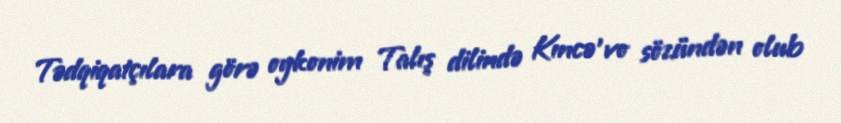
Tədqiqatçılara görə oykonim Talış dilində Kıncə'vo sözündən olub